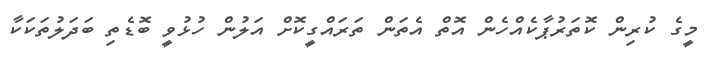
މީގެ ކުރިން ކޮތަރުޕާކެއްހެން އޮތް އެތަން ތަރައްގީކޮށް އަލުން ހުޅުވީ ބޮޑެތި ބަދަލުތަކަކާ